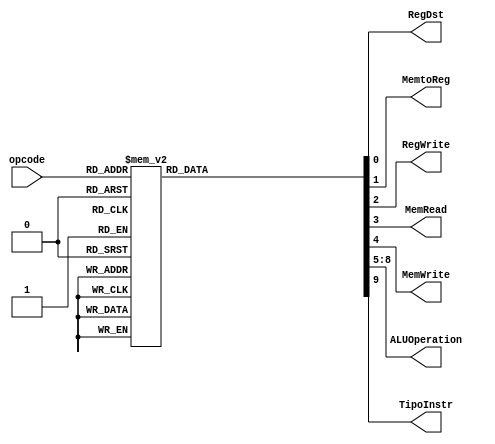
module control_pipeline_vectorial(opcode, RegDst, MemtoReg, RegWrite, MemRead, MemWrite, 
ALUOperation, TipoInstr);
    input [4:0] opcode;
    output reg RegDst, MemtoReg, RegWrite, MemRead, MemWrite, TipoInstr;
    output reg [3:0] ALUOperation;
   

    //Default = stall
	parameter ADDV = 5'b00010;
	parameter XORIV = 5'b00110;
	parameter MOVV = 5'b00100;
	parameter LSLV = 5'b01001;
	parameter LSRV = 5'b01010;
    parameter SUBV = 5'b10001;
    parameter LOADV = 5'b01110;
    parameter STOREV = 5'b10000;
	parameter RORV = 5'b00111;
	parameter ROLV = 5'b01000;

    always @(opcode)
    begin
        case (opcode)
          ADDV :
          begin
              RegDst=1'b1; MemtoReg=1'b0; RegWrite=1'b1; MemRead=1'b0;
              MemWrite=1'b0; ALUOperation = 4'b0001; TipoInstr = 1'b1;
          end
		  
		  SUBV :
          begin
              RegDst=1'b1; MemtoReg=1'b0; RegWrite=1'b1; MemRead=1'b0;
              MemWrite=1'b0; ALUOperation = 4'b0100; TipoInstr = 1'b1;
          end
		  
		   XORIV :
          begin
              RegDst=1'b0; MemtoReg=1'b0; RegWrite=1'b1; MemRead=1'b0;
              MemWrite=1'b0; ALUOperation = 4'b0010; TipoInstr = 1'b1;
          end
		  
		  LOADV :
          begin
              RegDst=1'b0; MemtoReg=1'b1; RegWrite=1'b1; MemRead=1'b1;
              MemWrite=1'b0; ALUOperation = 4'b0000; TipoInstr = 1'b1;
          end
		  
		  STOREV :
          begin
              RegDst=1'b0; MemtoReg=1'b0; RegWrite=1'b0; MemRead=1'b0;
              MemWrite=1'b1; ALUOperation = 4'b0000; TipoInstr = 1'b1;
          end
		  
		  MOVV:
          begin
              RegDst=1'b0; MemtoReg=1'b0; RegWrite=1'b1; MemRead=1'b0;
              MemWrite=1'b0; ALUOperation = 4'b0011; TipoInstr = 1'b1;	
          end
		  
		   LSLV :
          begin
             RegDst=1'b1; MemtoReg=1'b0; RegWrite=1'b1; MemRead=1'b0;
              MemWrite=1'b0; ALUOperation = 4'b0101; TipoInstr = 1'b1;
          end 
		  
		  LSRV :
          begin
             RegDst=1'b1; MemtoReg=1'b0; RegWrite=1'b1; MemRead=1'b0;
              MemWrite=1'b0; ALUOperation = 4'b0110; TipoInstr = 1'b1;
          end 
		  
		  RORV :
          begin
             RegDst=1'b1; MemtoReg=1'b0; RegWrite=1'b1; MemRead=1'b0;
              MemWrite=1'b0; ALUOperation = 4'b0111; TipoInstr = 1'b1;
          end 
		  
		  ROLV :
          begin
             RegDst=1'b1; MemtoReg=1'b0; RegWrite=1'b1; MemRead=1'b0;
              MemWrite=1'b0; ALUOperation = 4'b1000; TipoInstr = 1'b1;
          end 
		  
          default
          begin
              $display("control_single unimplemented opcode %d", opcode);
              RegDst=1'b0; MemtoReg=1'b0; RegWrite=1'b0; MemRead=1'b0;
              MemWrite=1'b0; ALUOperation = 4'b0000; TipoInstr = 1'b0;
          end
        endcase
    end
endmodule